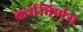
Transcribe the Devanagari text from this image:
कर्मनिर्णय